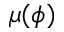
\mu ( \phi )